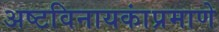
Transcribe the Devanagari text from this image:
अष्टविनायकांप्रमाणे